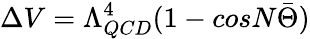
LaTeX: \Delta V=\Lambda_{QCD}^{4}(1-cosN\bar{\Theta})